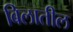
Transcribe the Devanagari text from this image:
बिलातील